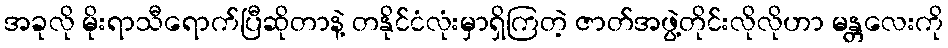
အခုလို မိုးရာသီရောက်ပြီဆိုတာနဲ့ တနိုင်ငံလုံးမှာရှိကြတဲ့ ဇာတ်အဖွဲ့တိုင်းလိုလိုဟာ မန္တလေးကို